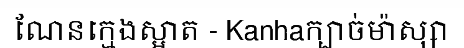
ណែនក្មេងស្អាត - Kanhaក្បាច់ម៉ាស្សា